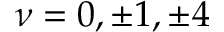
\nu = 0 , \pm { 1 } , \pm { 4 }